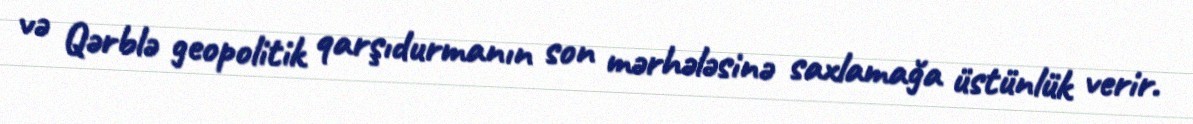
və Qərblə geopolitik qarşıdurmanın son mərhələsinə saxlamağa üstünlük verir.